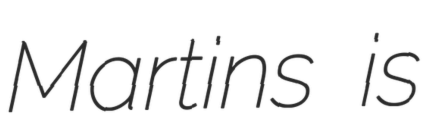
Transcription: Martins is